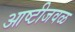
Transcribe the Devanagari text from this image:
आष्टीजवळ